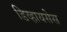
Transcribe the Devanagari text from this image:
डिव्हायसेस